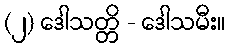
(၂) ဒေါသတ္တိ - ဒေါသမီး။